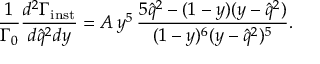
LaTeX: \displaystyle { \frac { 1 } { \Gamma _ { 0 } } } { \frac { d ^ { 2 } \Gamma _ { \mathrm { i n s t } } } { d \hat { q } ^ { 2 } d y } } = A \, y ^ { 5 } \, { \frac { 5 \hat { q } ^ { 2 } - ( 1 - y ) ( y - \hat { q } ^ { 2 } ) } { ( 1 - y ) ^ { 6 } ( y - \hat { q } ^ { 2 } ) ^ { 5 } } } .